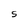
Character: S